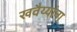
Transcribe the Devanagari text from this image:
खवैय्यांना